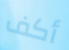
أكف